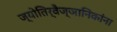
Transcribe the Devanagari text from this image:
ज्योतिर्वैज्ञानिकांना